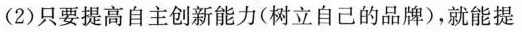
(2)只要提高自主创新能力(树立自己的品牌)，就能提